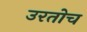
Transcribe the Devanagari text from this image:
उरतोच